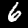
Digit: 6